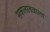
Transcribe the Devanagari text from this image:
सकलातवाला